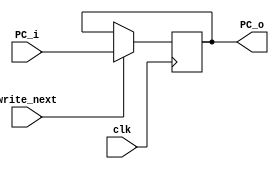
module PC(clk, write_next, PC_i, PC_o);
	input clk;
	input write_next;
	input [31:0] PC_i;
	output reg [31:0] PC_o;
	
	initial
		begin
		PC_o = 32'h0000_3000;
		end
	
	always@(negedge clk)
		begin
		if(write_next)
			begin
			PC_o <= PC_i;
			end
		else
			begin
			PC_o <= PC_o;
			end
		end
endmodule